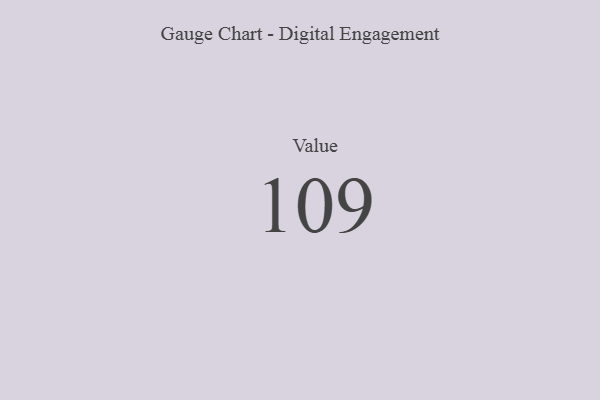
{"axis": {"x": "Metric", "y": "Value"}, "legend": [""], "data": [{"x": "Value", "y": 109, "type": ""}]}